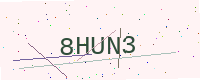
Text: 8HUN3